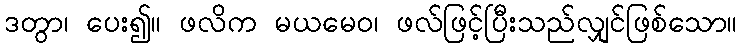
ဒတွာ၊ ပေး၍။ ဖလိက မယမေဝ၊ ဖလ်ဖြင့်ပြီးသည်လျှင်ဖြစ်သော။